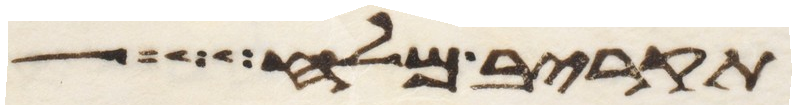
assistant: תקריב מלח